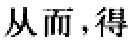
从而，得